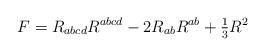
LaTeX: \begin{align*}F = R_{abcd}R^{abcd} - 2 R_{ab}R^{ab} + {\textstyle {1 \over 3}} R^2\end{align*}